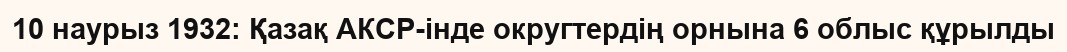
10 наурыз 1932: Қазақ АКСР-інде округтердің орнына 6 облыс құрылды